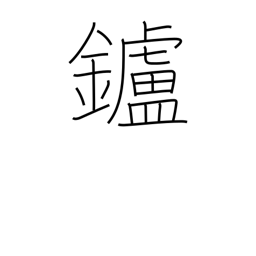
Meaning: hearth